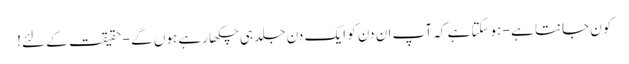
کون جانتا ہے - ہوسکتا ہے کہ آپ ان دن کو ایک دن جلد ہی چکھا رہے ہوں گے - حقیقت کے لئے!